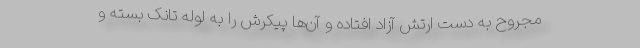
مجروح به دست ارتش آزاد افتاده و آن‌ها پیکرش را به لوله تانک بسته و